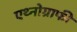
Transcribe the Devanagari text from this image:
एथ्नोग्राफी